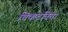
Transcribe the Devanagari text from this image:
चिकटविता